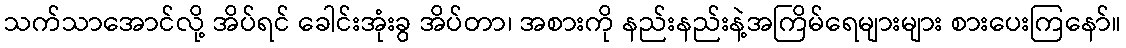
သက်သာအောင်လို့ အိပ်ရင် ခေါင်းအုံးခွ အိပ်တာ၊ အစားကို နည်းနည်းနဲ့အကြိမ်ရေများများ စားပေးကြနော်။